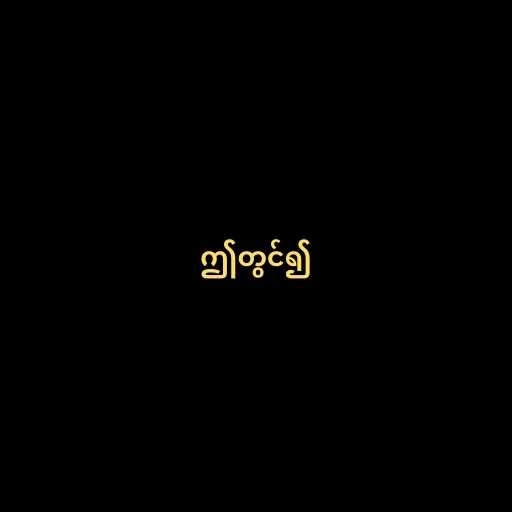
ဤတွင်၍